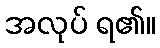
အလုပ် ရ၏။